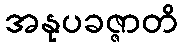
အနုပခဇ္ဇာတိ